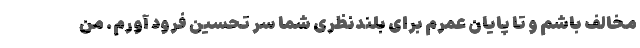
مخالف باشم و تا پایان عمرم برای بلندنظری شما سر تحسین فرود آورم. من